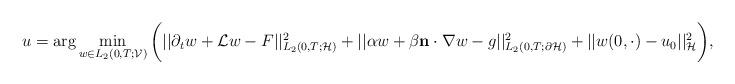
LaTeX: \begin{align*}u=\arg\min_{w\in L_2(0,T;\mathcal{V})}\bigg( || \partial_t w + \mathcal{L}w -F||^2_{L_2(0,T;\mathcal{H})} + || \alpha w +\beta\mathbf{n}\cdot \nabla w- g ||^2_{L_2(0,T;\partial \mathcal{H})} + || w(0,\cdot) - u_0 ||^2_{\mathcal{H}}\bigg),\end{align*}